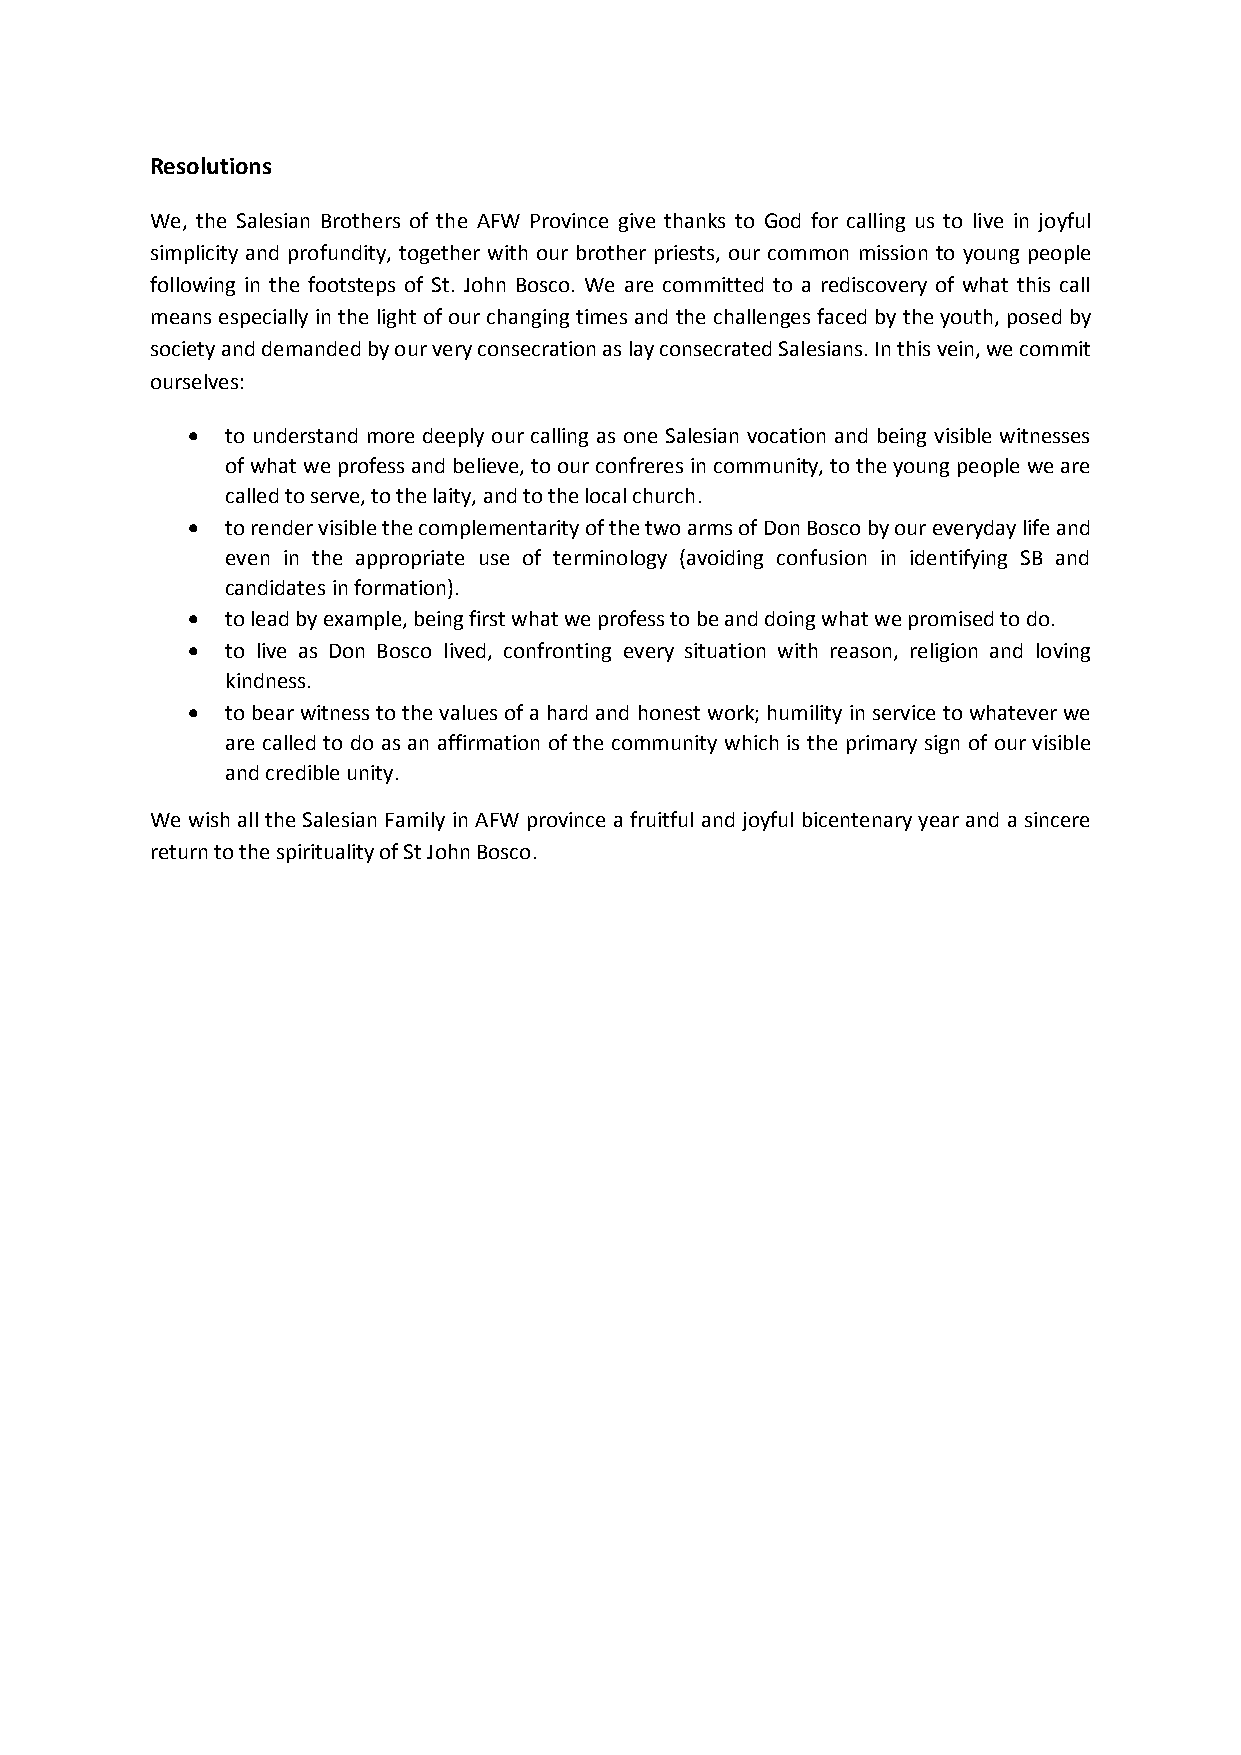
Resolutions
 We, the Salesian Brothers of the AFW Province give thanks to God for calling us to live in joyful
 simplicity and profundity, together with our brother priests, our common mission to young people
 following in the footsteps of St. John Bosco. We are committed to a rediscovery of what this call
 means especially in the light of our changing times and the challenges faced by the youth, posed by
 society and demanded by our very consecration as lay consecrated Salesians. In this vein, we commit
 ourselves:
   to understand more deeply our calling as one Salesian vocation and being visible witnesses
 of what we profess and believe, to our confreres in community, to the young people we are
 called to serve, to the laity, and to the local church.
   to render visible the complementarity of the two arms of Don Bosco by our everyday life and
 even in the appropriate use of terminology (avoiding confusion in identifying SB and
 candidates in formation).
   to lead by example, being first what we profess to be and doing what we promised to do.
   to live as Don Bosco lived, confronting every situation with reason, religion and loving
 kindness.
   to bear witness to the values of a hard and honest work; humility in service to whatever we
 are called to do as an affirmation of the community which is the primary sign of our visible
 and credible unity.
 We wish all the Salesian Family in AFW province a fruitful and joyful bicentenary year and a sincere
 return to the spirituality of St John Bosco.